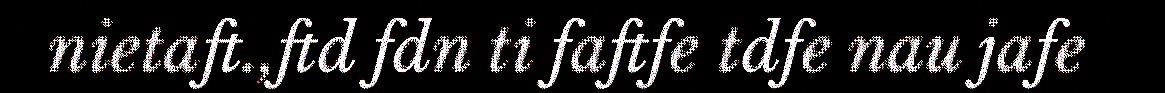
nietaft.,ftd fdn ti faftfe tdfe nau jafe